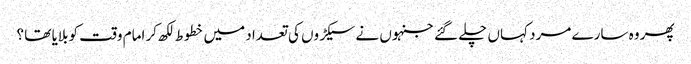
پھر وہ سارے مرد کہاں چلے گئے جنہوں نے سیکڑوں کی تعداد میں خطوط لکھ کر امام وقت کو بلایا تھا ؟